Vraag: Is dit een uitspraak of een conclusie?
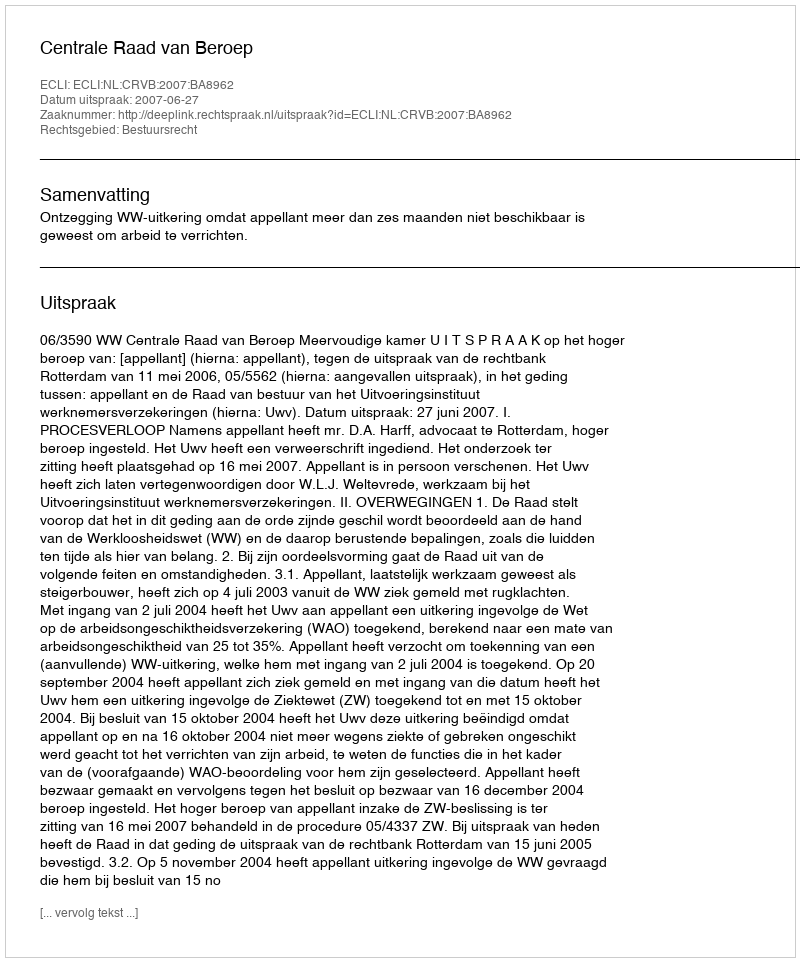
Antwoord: Uitspraak